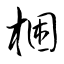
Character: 梱